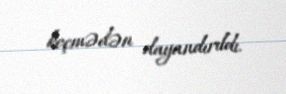
keçmədən dayandırıldı.